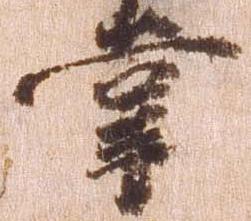
掌